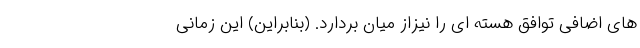
های اضافی توافق هسته ای را نیزاز میان بردارد. (بنابراین) این زمانی